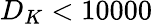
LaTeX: D_{K}<10000